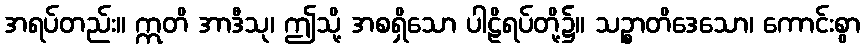
အရပ်တည်း။ ဣတိ အာဒီသု၊ ဤသို့ အစရှိသော ပါဠိရပ်တို့၌။ သဉ္စာတိဒေသော၊ ကောင်းစွာ